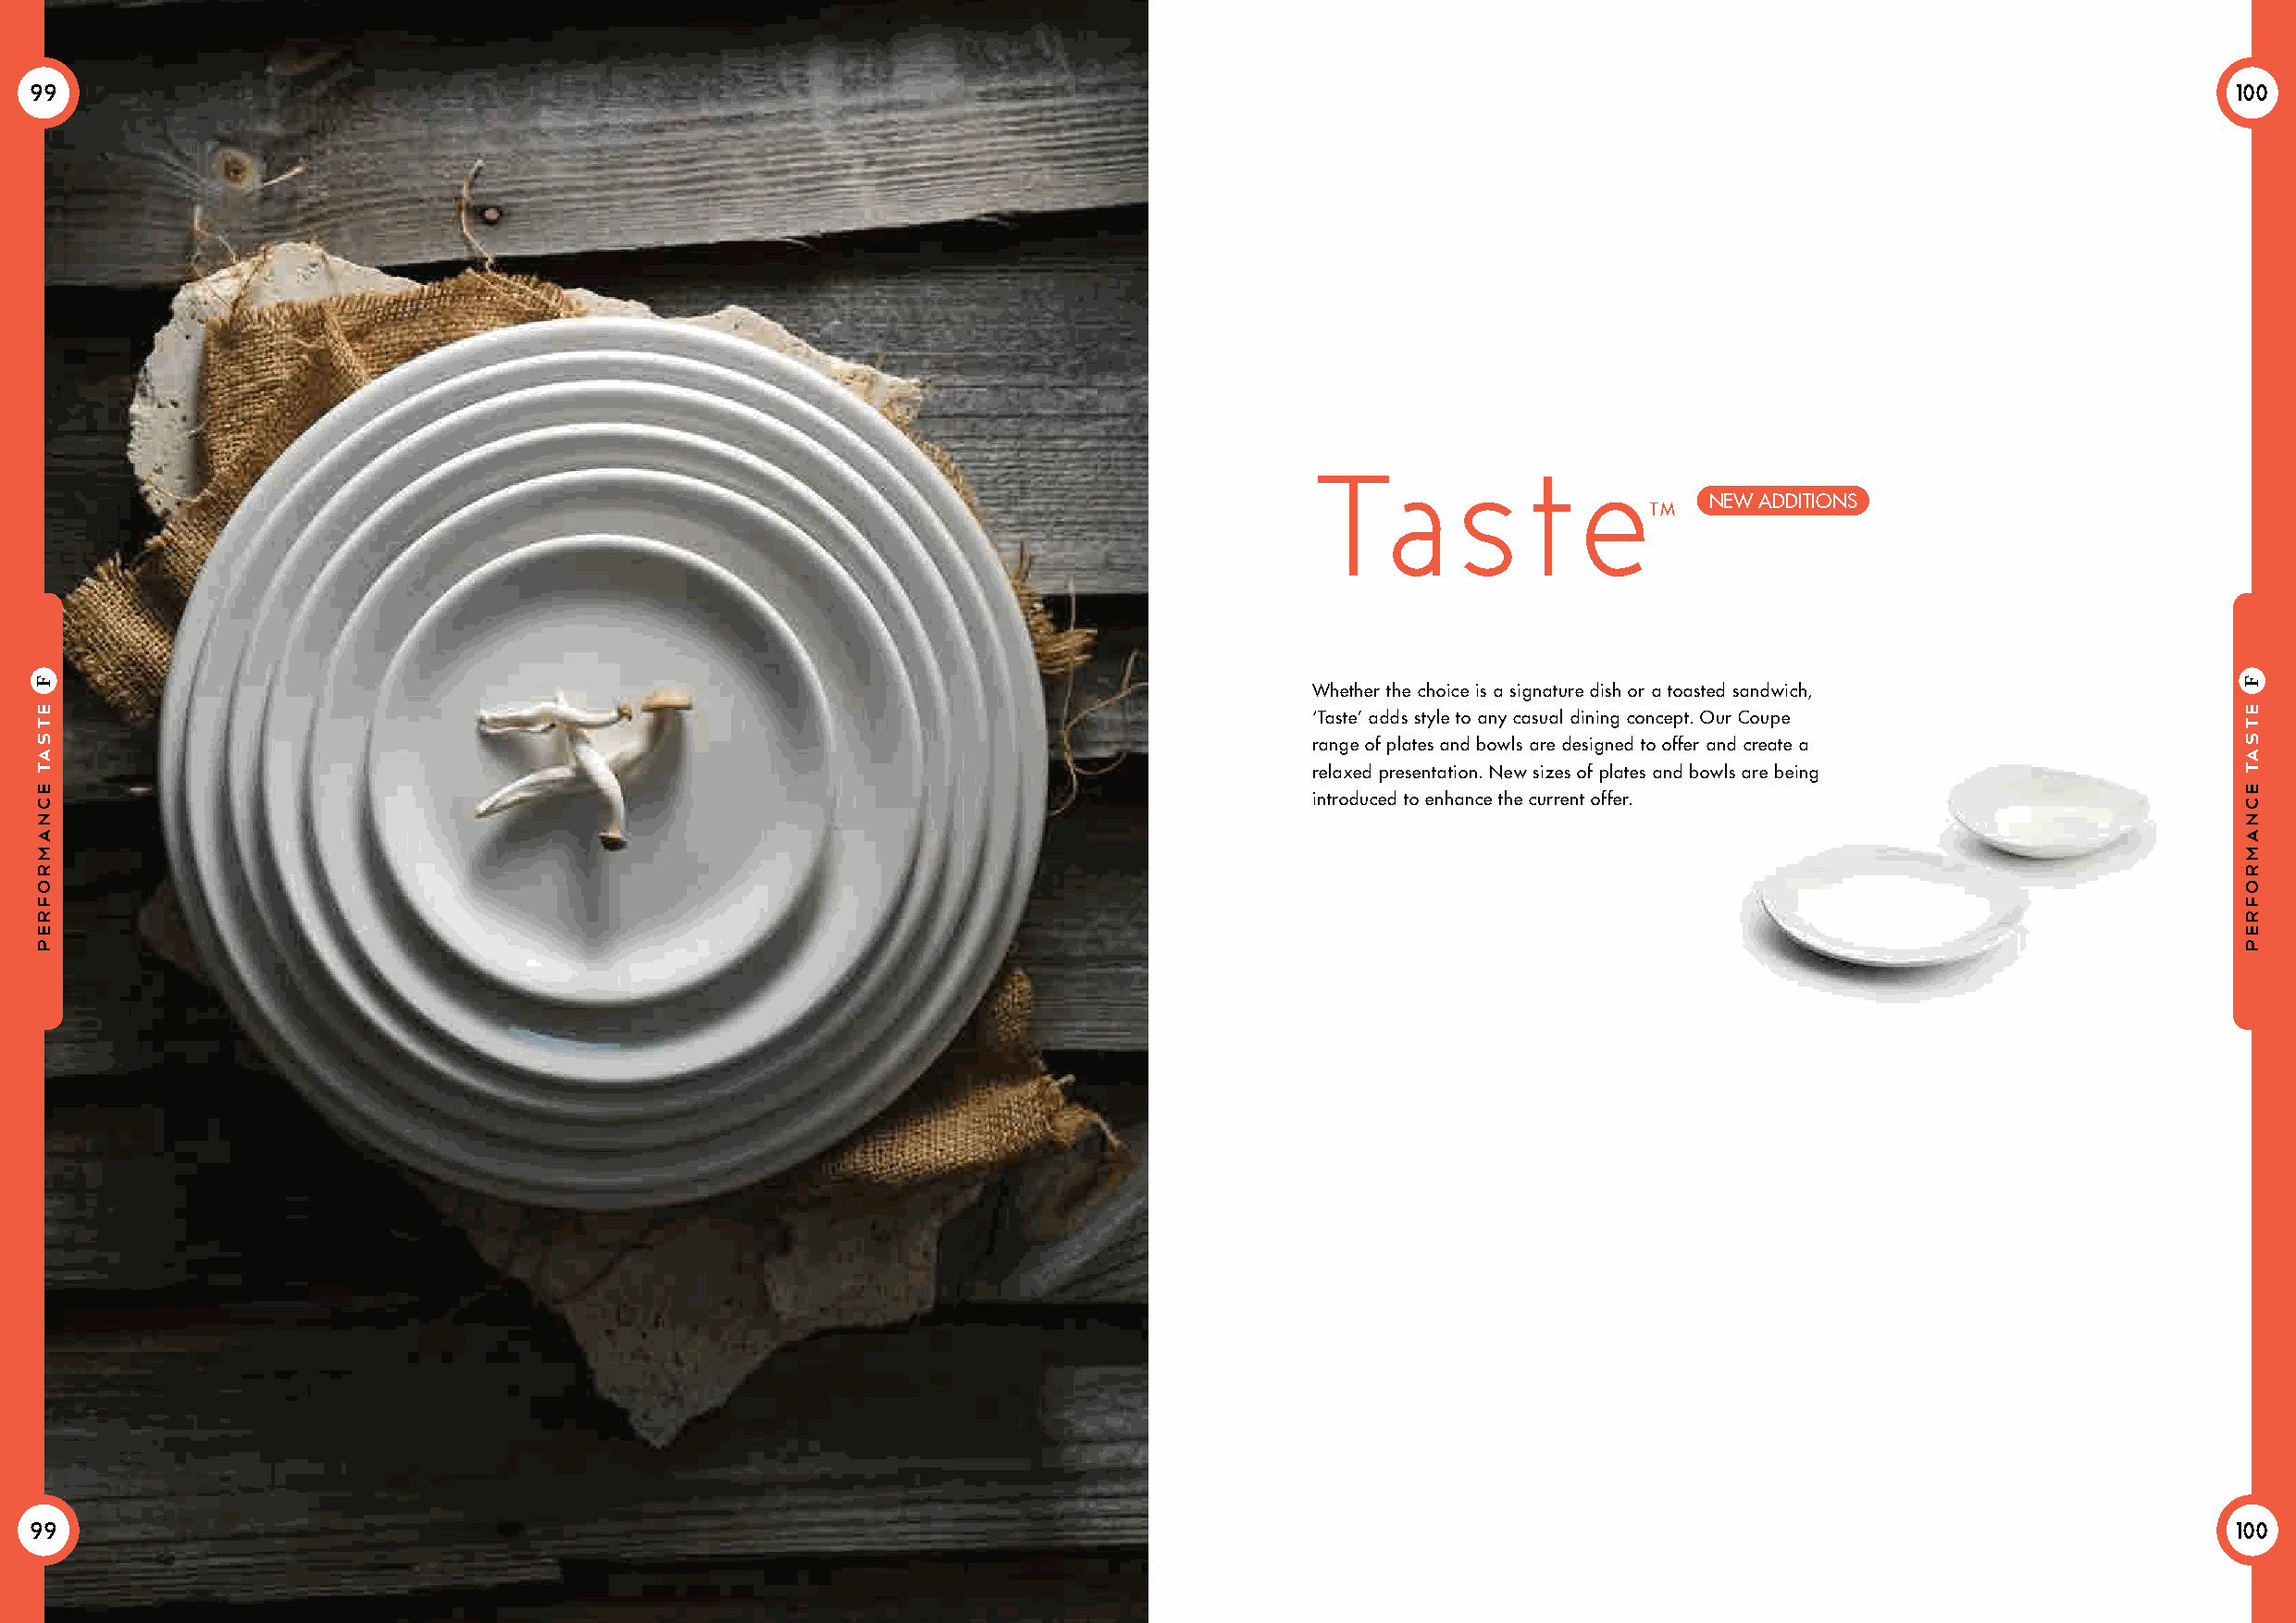
99                                                                                                                                                            100
 Ta        s    t   e
 NEW ADDITIONS
 TM
 Whether the choice is a signature dish or a toasted sandwich,
 ‘Taste’ adds style to any casual dining concept. Our Coupe
 range of plates and bowls are designed to offer and create a
 relaxed presentation. New sizes of plates and bowls are being
 introduced to enhance the current offer.
 99                                                                                                                                                            100
 eTsaT
 ecnamrofrep
 F
 eTsaT
 ecnamrofrep
 F